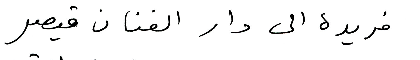
فريدة إلى دار الفنان قيصر